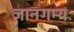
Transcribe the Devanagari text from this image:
ज्ञानगम्यः